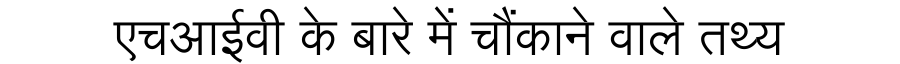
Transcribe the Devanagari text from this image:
एचआईवी के बारे में चौंकाने वाले तथ्य